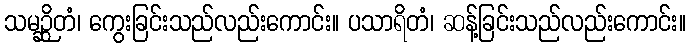
သမဉ္ဆိတံ၊ ကွေးခြင်းသည်လည်းကောင်း။ ပသာရိတံ၊ ဆန့်ခြင်းသည်လည်းကောင်း။